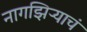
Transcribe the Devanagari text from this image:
नागझिऱ्याचं